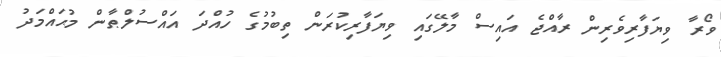
ވޯރާ ވިޔަފާރިވެރިން ރާއްޖެ އައިސް މާލޭގައި ވިޔަފާރިކުރަން ތިބުމުގެ ހުއްދަ އައްސުލްޠާން މުޙައްމަދު